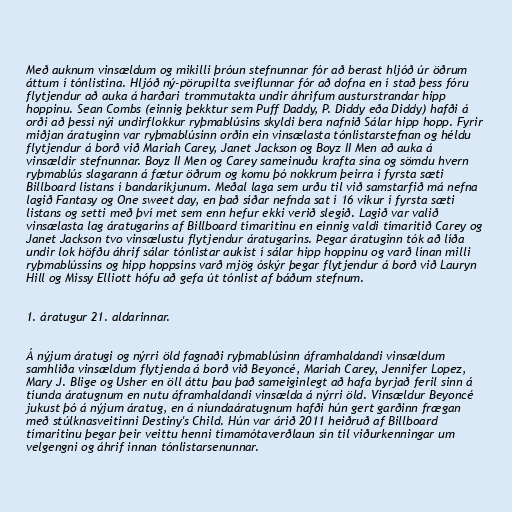
Með auknum vinsældum og mikilli þróun stefnunnar fór að berast hljóð úr öðrum
áttum í tónlistina. Hljóð ný-pörupilta sveiflunnar fór að dofna en í stað þess fóru
flytjendur að auka á harðari trommutakta undir áhrifum austurstrandar hipp
hoppinu. Sean Combs (einnig þekktur sem Puff Daddy, P. Diddy eða Diddy) hafði á
orði að þessi nýi undirflokkur ryþmablúsins skyldi bera nafnið Sálar hipp hopp. Fyrir
miðjan áratuginn var ryþmablúsinn orðin ein vinsælasta tónlistarstefnan og héldu
flytjendur á borð við Mariah Carey, Janet Jackson og Boyz II Men að auka á
vinsældir stefnunnar. Boyz II Men og Carey sameinuðu krafta sína og sömdu hvern
ryþmablús slagarann á fætur öðrum og komu þó nokkrum þeirra í fyrsta sæti
Billboard listans í bandaríkjunum. Meðal laga sem urðu til við samstarfið má nefna
lagið Fantasy og One sweet day, en það síðar nefnda sat í 16 vikur í fyrsta sæti
listans og setti með því met sem enn hefur ekki verið slegið. Lagið var valið
vinsælasta lag áratugarins af Billboard tímaritinu en einnig valdi tímaritið Carey og
Janet Jackson tvo vinsælustu flytjendur áratugarins. Þegar áratuginn tók að líða
undir lok höfðu áhrif sálar tónlistar aukist í sálar hipp hoppinu og varð línan milli
ryþmablússins og hipp hoppsins varð mjög óskýr þegar flytjendur á borð við Lauryn
Hill og Missy Elliott hófu að gefa út tónlist af báðum stefnum.

1. áratugur 21. aldarinnar.

Á nýjum áratugi og nýrri öld fagnaði ryþmablúsinn áframhaldandi vinsældum
samhliða vinsældum flytjenda á borð við Beyoncé, Mariah Carey, Jennifer Lopez,
Mary J. Blige og Usher en öll áttu þau það sameiginlegt að hafa byrjað feril sinn á
tíunda áratugnum en nutu áframhaldandi vinsælda á nýrri öld. Vinsældur Beyoncé
jukust þó á nýjum áratug, en á níundaáratugnum hafði hún gert garðinn frægan
með stúlknasveitinni Destiny's Child. Hún var árið 2011 heiðruð af Billboard
tímaritinu þegar þeir veittu henni tímamótaverðlaun sín til viðurkenningar um
velgengni og áhrif innan tónlistarsenunnar.